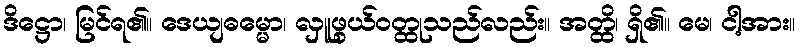
ဒိဋ္ဌော၊ မြင်ရ၏။ ဒေယျဓမ္မော၊ လှူဖွယ်ဝတ္ထုသည်လည်း။ အတ္ထိ၊ ရှိ၏။ မေ၊ ငါ့အား။